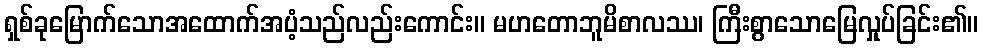
ရှစ်ခုမြောက်သောအထောက်အပံ့သည်လည်းကောင်း။ မဟတောဘူမိစာလဿ၊ ကြီးစွာသောမြေလှုပ်ခြင်း၏။